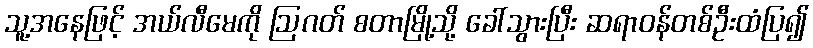
သူ့အနေဖြင့် အယ်လီမေကို ဩဂတ် စတာမြို့သို့ ခေါ်သွားပြီး ဆရာဝန်တစ်ဦးထံပြ၍